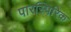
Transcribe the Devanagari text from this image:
पारस्पिरिक